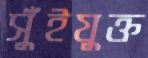
সুঁইযুক্ত